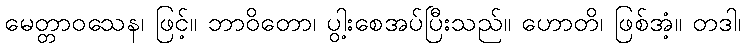
မေတ္တာဝသေန၊ ဖြင့်။ ဘာဝိတော၊ ပွါ့းစေအပ်ပြီးသည်။ ဟောတိ၊ ဖြစ်အံ့။ တဒါ၊